Annual report on the working of the lock hospitals in the Central Provinces
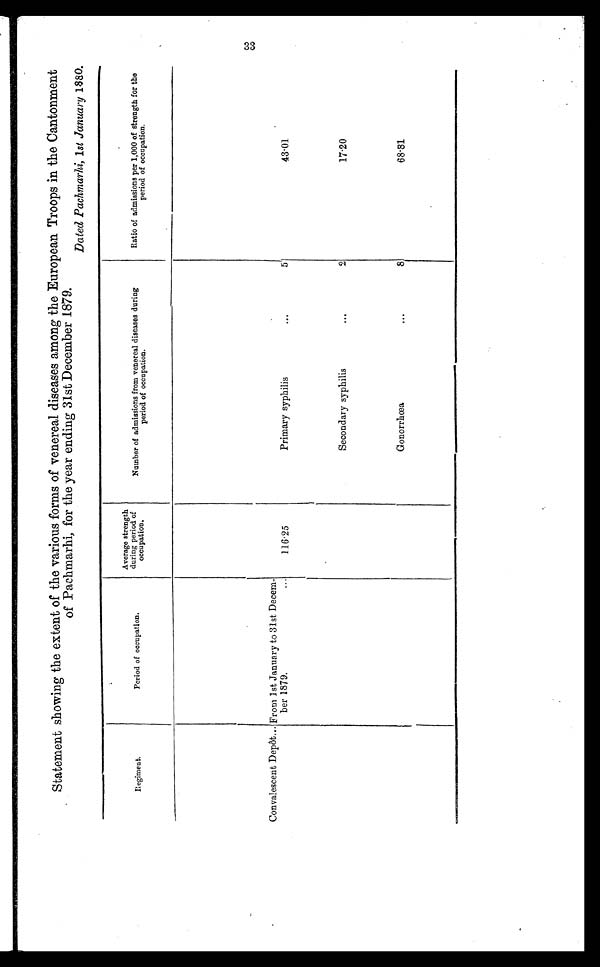
33
Statement showing the extent of the various forms of venereal diseases among the European Troops in the Cantonment
of Pachmarhi, for the year ending 31st December 1879.
Dated Fachmarhi, 1st January 1880.
Regiment.
Period of occupation
Average strength
during period of
occupation.
Number of admissions from venereal diseases during
period of occupation.
Ratio of admissions per 1,000 of strength for the
period of occupation.
Convalescent Depôt
...
From 1st January to 31st Decem-
ber1879.
...
116.25
Primary syphilis
. . .
5
43.01
Secondary syphilis
...
2
17.20
Gonorrhœa
. . .
8
68.81